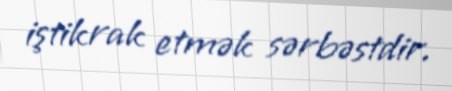
iştikrak etmək sərbəstdir.